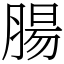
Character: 腸